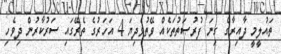
ތައުލީމީ ދާއިރާގެ ގިނަ ފުރުޞަތުތަކެއް ވޭތުވެދިޔަ 4 އަހަރުގެ ތެރޭގައި ސަރުކާރުން ދިވެހި